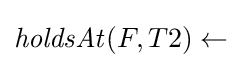
{\mathit {holdsAt}}(F,T2)\leftarrow